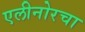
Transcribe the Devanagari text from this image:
एलीनोरचा